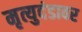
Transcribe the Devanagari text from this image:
मृत्युदंडावर